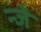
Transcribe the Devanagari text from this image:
न्जे